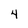
Character: 4